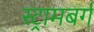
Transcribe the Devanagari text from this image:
स्ट्रामबर्ग